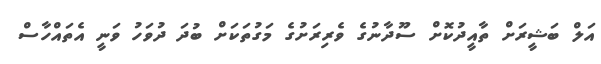
އަލް ބަޝީރަށް ތާއީދުކޮށް ސޫދާނުގެ ވެރިރަށުގެ މަގުތަކަށް ބުދަ ދުވަހު ވަނީ އެތައްހާސް